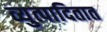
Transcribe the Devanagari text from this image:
व्युत्पादितात